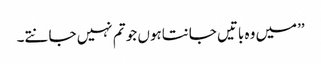
’’میں وہ باتیں جانتاہوں جو تم نہیں جانتے۔